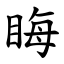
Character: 䀲